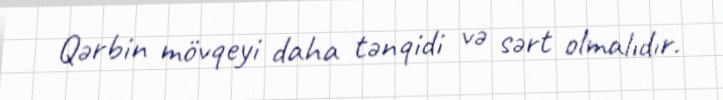
Qərbin mövqeyi daha tənqidi və sərt olmalıdır.